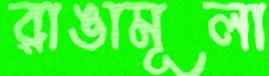
রাঙামূলা